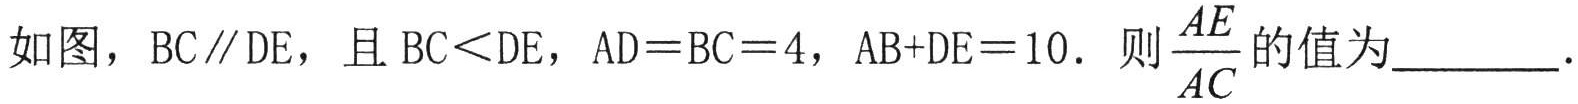
如图，\(BC\parallel DE\)，且\(BC<DE\)，\(AD = BC = 4\)，\(AB + DE = 10\)。则\(\frac{AE}{AC}\)的值为  。